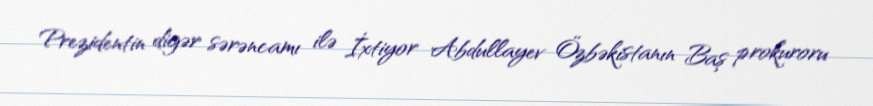
Prezidentin digər sərəncamı ilə İxtiyor Abdullayev Özbəkistanın Baş prokuroru